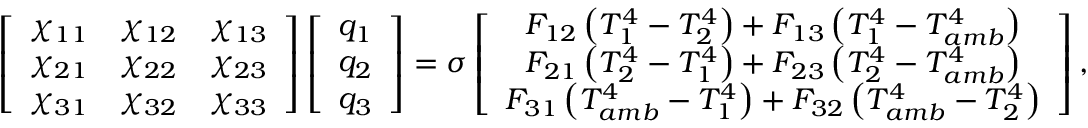
\left[ \begin{array} { c c c } { \chi _ { 1 1 } } & { \chi _ { 1 2 } } & { \chi _ { 1 3 } } \\ { \chi _ { 2 1 } } & { \chi _ { 2 2 } } & { \chi _ { 2 3 } } \\ { \chi _ { 3 1 } } & { \chi _ { 3 2 } } & { \chi _ { 3 3 } } \end{array} \right] \left[ \begin{array} { c } { q _ { 1 } } \\ { q _ { 2 } } \\ { q _ { 3 } } \end{array} \right] = \sigma \left[ \begin{array} { c } { F _ { 1 2 } \left( T _ { 1 } ^ { 4 } - T _ { 2 } ^ { 4 } \right) + F _ { 1 3 } \left( T _ { 1 } ^ { 4 } - T _ { a m b } ^ { 4 } \right) } \\ { F _ { 2 1 } \left( T _ { 2 } ^ { 4 } - T _ { 1 } ^ { 4 } \right) + F _ { 2 3 } \left( T _ { 2 } ^ { 4 } - T _ { a m b } ^ { 4 } \right) } \\ { F _ { 3 1 } \left( T _ { a m b } ^ { 4 } - T _ { 1 } ^ { 4 } \right) + F _ { 3 2 } \left( T _ { a m b } ^ { 4 } - T _ { 2 } ^ { 4 } \right) } \end{array} \right] { , }